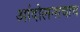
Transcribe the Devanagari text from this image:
आंदोलनाचाच